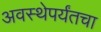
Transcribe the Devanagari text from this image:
अवस्थेपर्यंतचा